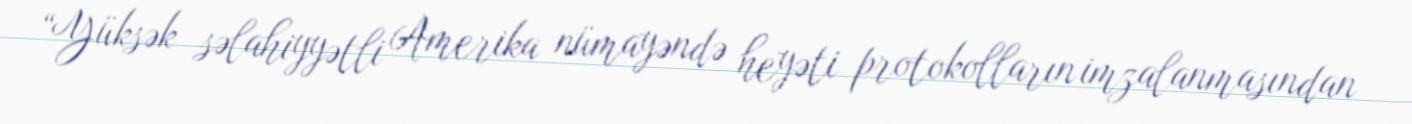
“Yüksək səlahiyyətli Amerika nümayəndə heyəti protokolların imzalanmasından